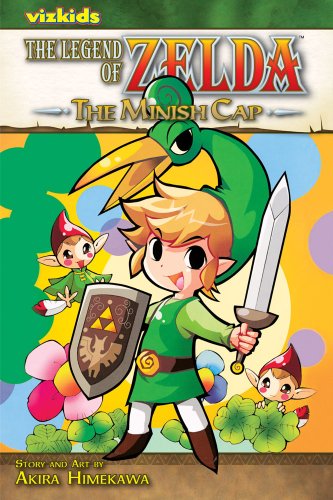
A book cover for The Legend of Zelda, Vol. 8: The Minish Cap; Akira Himekawa; Comics & Graphic Novels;